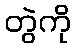
တွဲကို